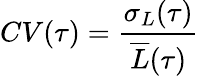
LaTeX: CV(\tau)=\frac{\sigma_{L}(\tau)}{\overline{{L}}(\tau)}